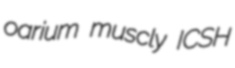
oarium muscly ICSH